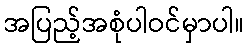
အပြည့်အစုံပါဝင်မှာပါ။